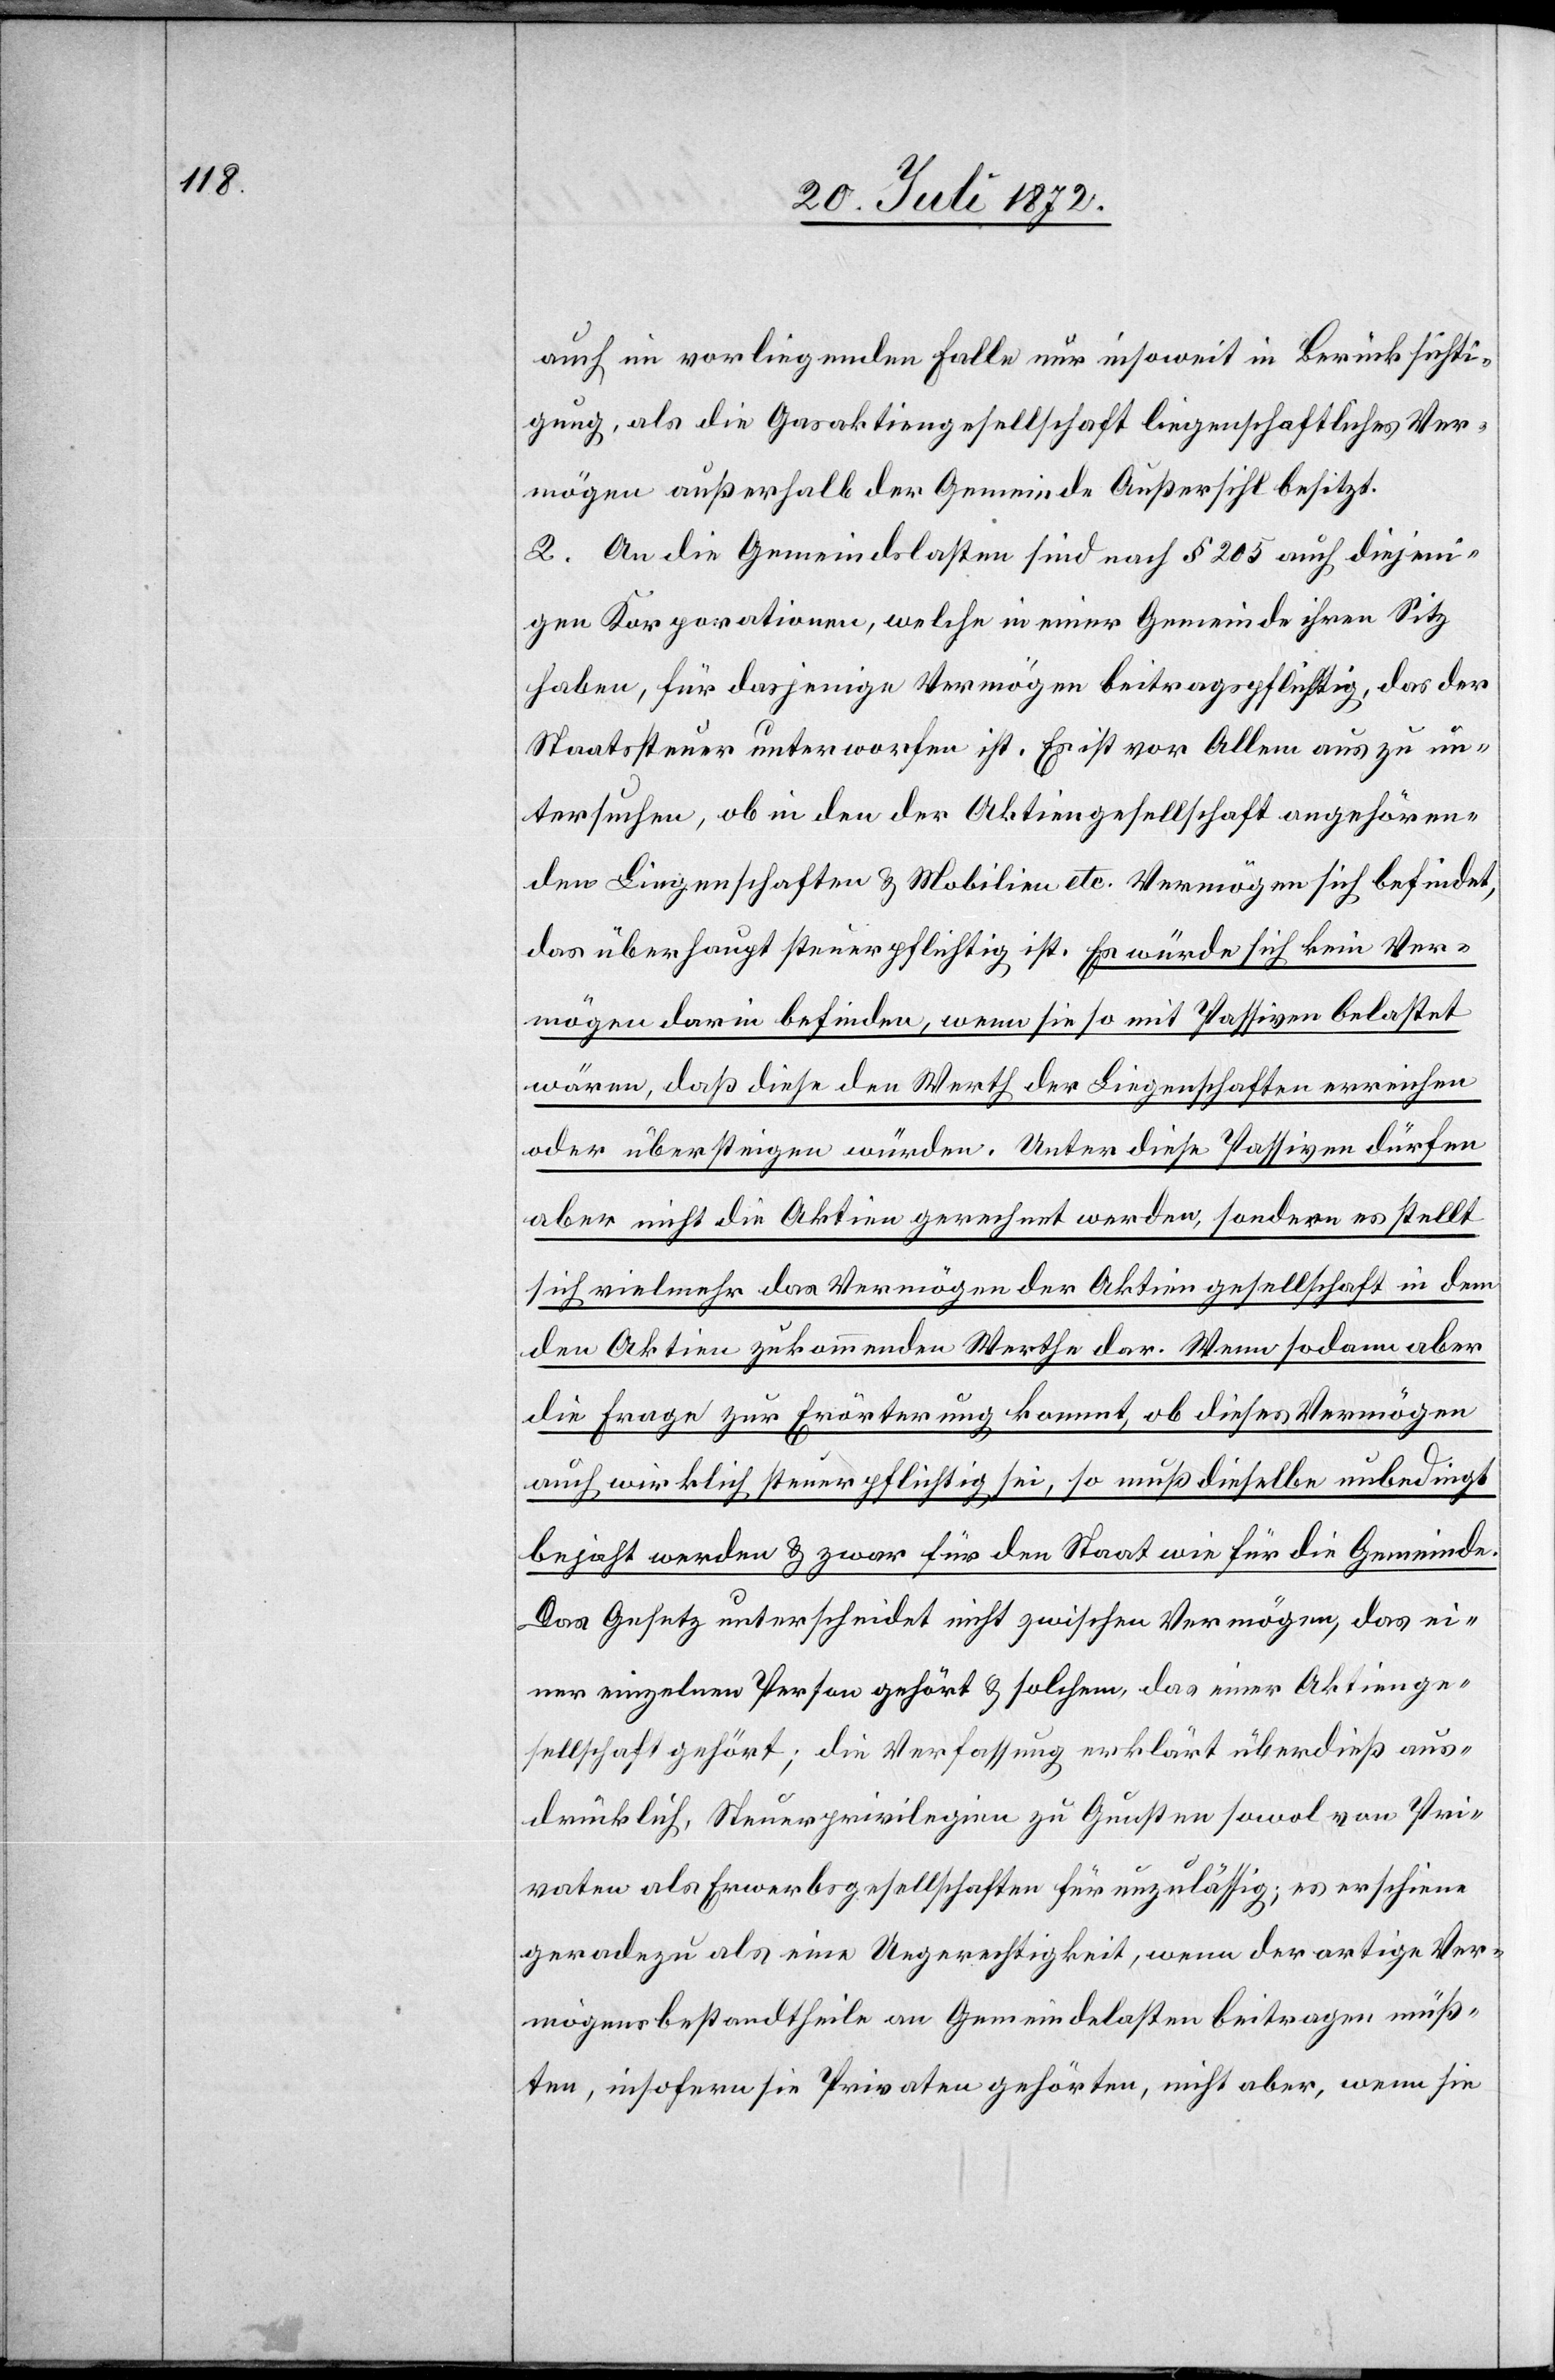
auch im vorliegenden Falle nur insoweit in Berücksichti¬
gung, als die Gasaktiengesellschaft liegenschaftliches Ver¬
mögen außerhalb der Gemeinde Außersihl besitzt.
2. An die Gemeindslasten sind nach § 205 auch diejeni¬
gen Korporationen, welche in einer Gemeinde ihren Sitz
haben, für dasjenige Vermögen beitragspflichtig, das der
Staatssteuer unterworfen ist. Es ist vor Allem aus [sic!]
untersuchen, ob in den der Aktiengesellschaft angehören¬
den Liegenschaften u. Mobilien etc. Vermögen sich befindet,
das überhaupt steuerpflichtig ist. Es würde sich kein Ver¬
mögen darin befinden, wenn sie so mit Passiven belastet
wären, daß diese den Werth der Liegenschaften erreichen
oder übersteigen würden. Unter diese Passiven dürfen
aber nicht die Aktien gerechnet werden, sondern es stellt
sich vielmehr das Vermögen der Aktiengesellschaft in dem
den Aktien zukommenden Werthe dar. Wenn sodann aber
die Frage zu Erörterung kommt, ob dieses Vermögen
auch wirklich steuerpflichtig sei, so muß dieselbe unbedingt
bejaht werden u. zwar für den Staat wie für die Gemeinde.
Das Gesetz unterscheidet nicht zwischen Vermögen, das ei¬
ner einzelnen Person gehört u. solchem, das einer Aktienge¬
sellschaft gehört; die Verfassung erklärt überdieß aus¬
drücklich, Steuerprivilegien zu Gunsten sowol von Pri¬
vaten als Erwerbsgesellschaften für unzulässig; es erschiene
geradezu als eine Ungerechtigkeit, wenn derartige Ver¬
mögensbestandtheile an Gemeindelasten beitragen müß¬
ten, insofern sie Privaten gehörten, nicht aber, wenn sie